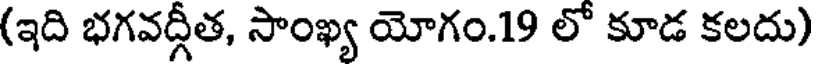
(ఇది భగవద్గీత, సాంఖ్య యోగం.19 లో కూడ కలదు)